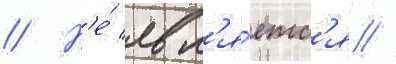
// Н'е́ явл'я́етс'я //